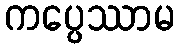
ကပ္ပေဿာမ